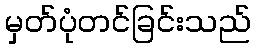
မှတ်ပုံတင်ခြင်းသည်